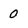
Character: 0